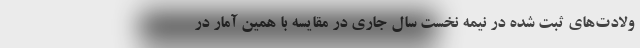
ولادت‌های ثبت شده در نیمه نخست سال جاری در مقایسه با همین آمار در